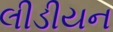
લીડીયન